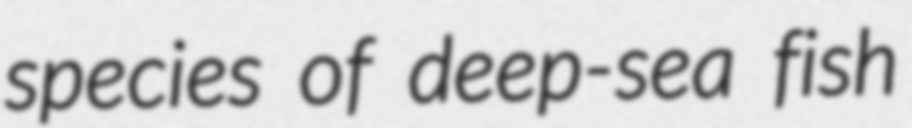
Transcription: species of deep-sea fish